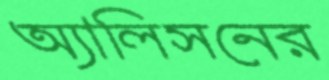
অ্যালিসনের